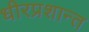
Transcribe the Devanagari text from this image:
धीरप्रशान्त